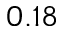
0 . 1 8